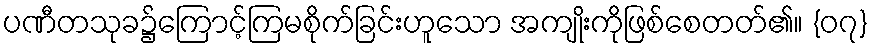
ပဏီတသုခ၌ကြောင့်ကြမစိုက်ခြင်းဟူသော အကျိုးကိုဖြစ်စေတတ်၏။ {၀၇}